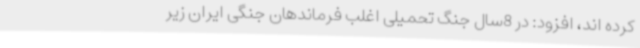
کرده اند، افزود: در 8سال جنگ تحمیلی اغلب فرماندهان جنگی ایران زیر